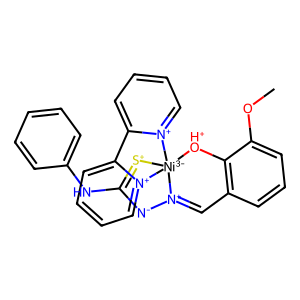
SMILES: COc1cccc2c1[OH+][Ni-3]13([S+]=C(Nc4ccccc4)[N-][N+]1=C2)[n+]1ccccc1-c1cccc[n+]13
Inhibits HIV replication: No